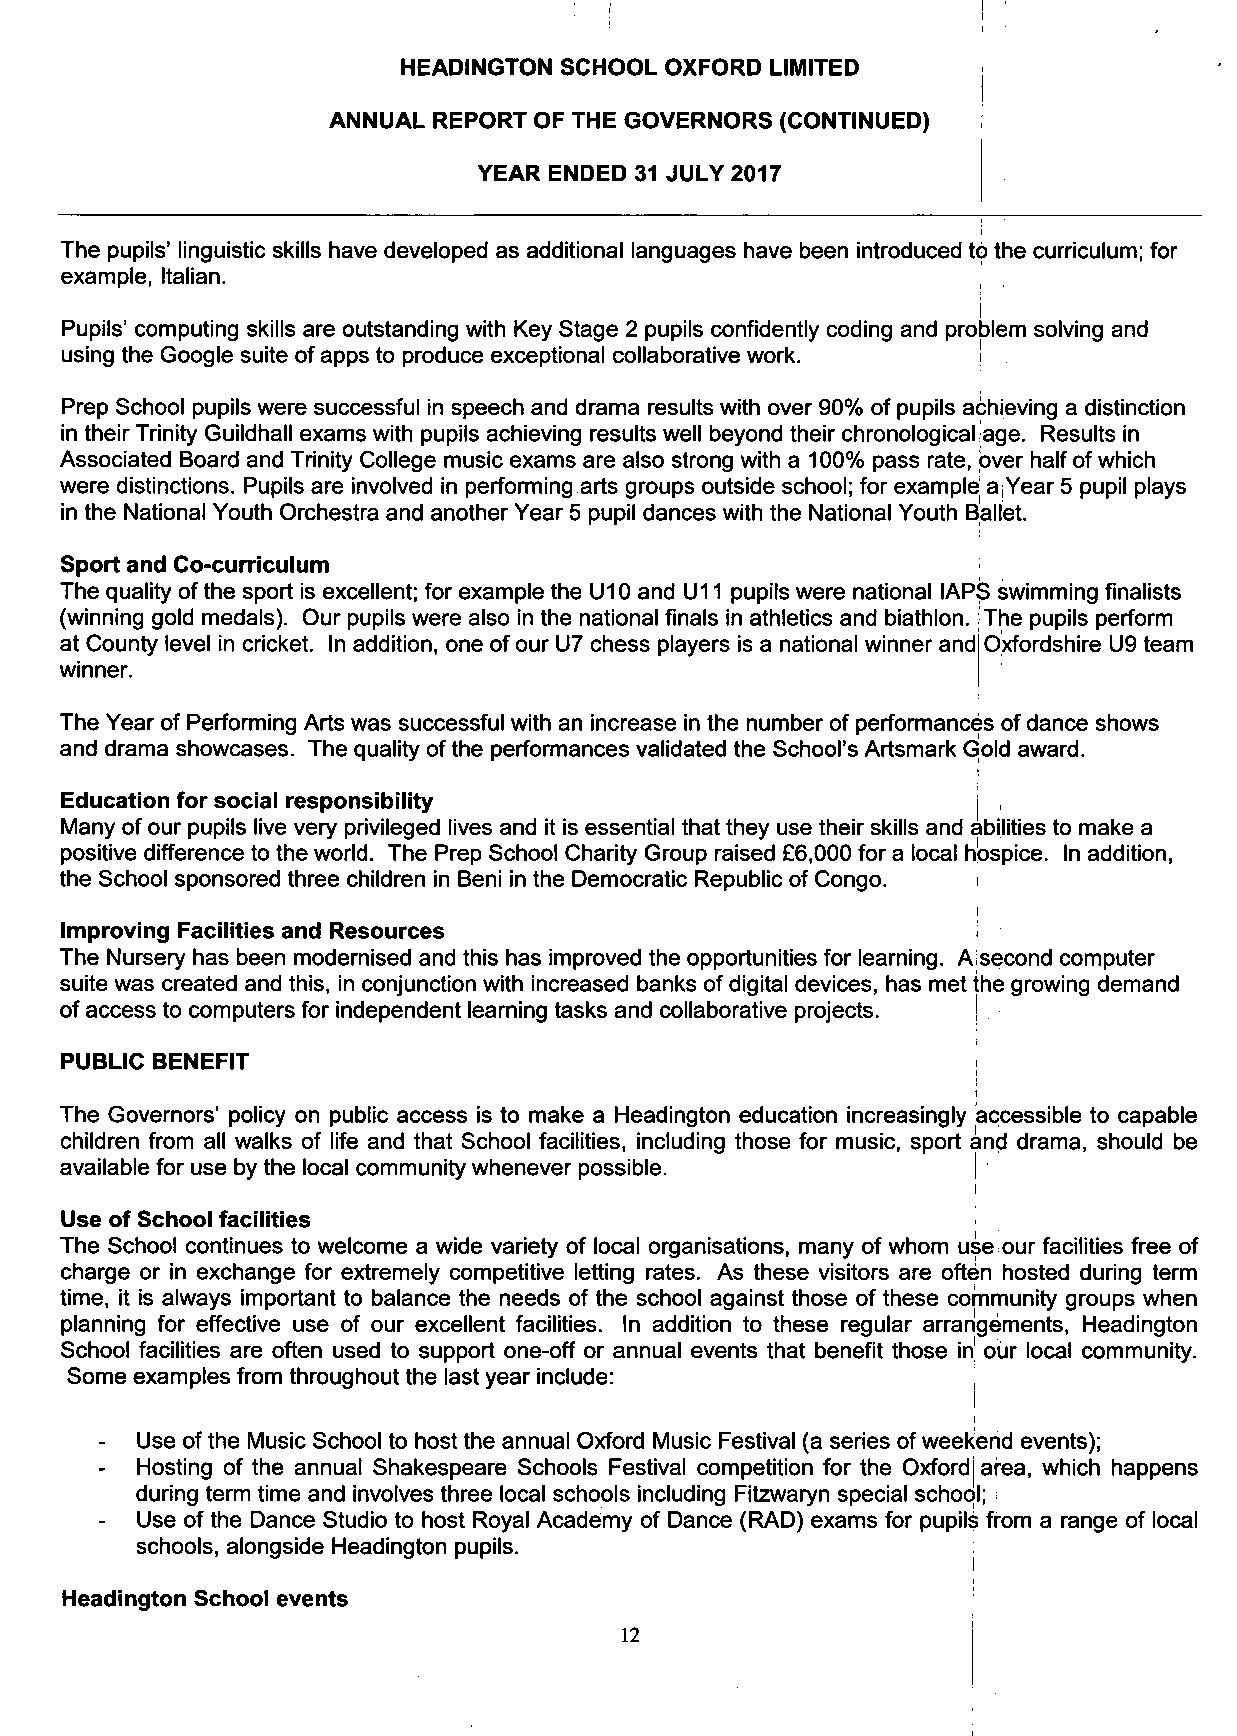
HEADINGTON SCHOOL OXFORD LIMITED
 ANNUAL REPORT OF THE GOVERNORS (CONTINUED)
 YEAR ENDED 31 JULY 2017
 The pupils' linguistic skills have developed as additional languages have been introduced to the curriculum; for
 example, Italian.
 i
 Pupils' computing skills are outstanding with Key Stage 2 pupils confidently coding and problem solving and
 using the Google suite of apps to produce exceptional collaborative work. !
 Prep School pupils were successful in speech and drama results with over 90% of pupils achieving a distinction
 in their Trinity Guildhall exams with pupils achieving results well beyond their chronological'age. Results in
 Associated Board and Trinity College music exams are also strong with a 100% pass rate, over half of which
 were distinctions. Pupils are involved in performing arts groups outside school; for example; ajYear 5 pupil plays
 in the National Youth Orchestra and another Year 5 pupil dances with the National Youth Ballet.
 Sport and Co-curriculum
 The quality of the sport is excellent; for example the U10 and U11 pupils were national IAPS swimming finalists
 (winning gold medals). Our pupils were also in the national finals in athletics and biathlon. The pupils perform
 at County level in cricket. In addition, one of our U7 chess players is a national winner and Oxfordshire U9 team
 winner.
 The Year of Performing Arts was successful with an increase in the number of performances of dance shows
 and drama showcases. The quality of the performances validated the School's Artsmark Gold award.
 Education for social responsibility                         j ,
 Many of our pupils live very privileged lives and it is essential that they use their skills and abilities to make a
 positive difference to the world. The Prep School Charity Group raised £6,000 for a local hospice. In addition,
 the School sponsored three children in Beni in the Democratic Republic of Congo. i
 i
 Improving Facilities and Resources
 The Nursery has been modernised and this has improved the opportunities for learning. A|second computer
 suite was created and this, in conjunction with increased banks of digital devices, has met the growing demand
 of access to computers for independent learning tasks and collaborative projects.
 PUBLIC BENEFIT
 The Governors' policy on public access is to make a Headington education increasingly accessible to capable
 children from all walks of life and that School facilities, including those for music, sport and drama, should be
 available for use by the local community whenever possible. I
 i
 Use of School facilities
 The School continues to welcome a wide variety of local organisations, many of whom use our facilities free of
 charge or in exchange for extremely competitive letting rates. As these visitors are often hosted during term
 time, it is always important to balance the needs of the school against those of these community groups when
 planning for effective use of our excellent facilities. In addition to these regular arrangements, Headington
 School facilities are often used to support one-off or annual events that benefit those in' our local community.
 Some examples from throughout the last year include:        ,
 I
 Use of the Music School to host the annual Oxford Music Festival (a series of weekend events);
 Hosting of the annual Shakespeare Schools Festival competition for the Oxford j area, which happens
 during term time and involves three local schools including Fitzwaryn special school;
 Use of the Dance Studio to host Royal Academy of Dance (RAD) exams for pupils from a range of local
 schools, alongside Headington pupils.                  .
 Headington School events
 12